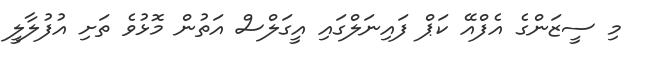
މި ސީޒަންގެ އެފްއޭ ކަޕް ފައިނަލްގައި އީގަލްސް އަތުން މޮޅުވެ ތަށި އުފުލާލީ